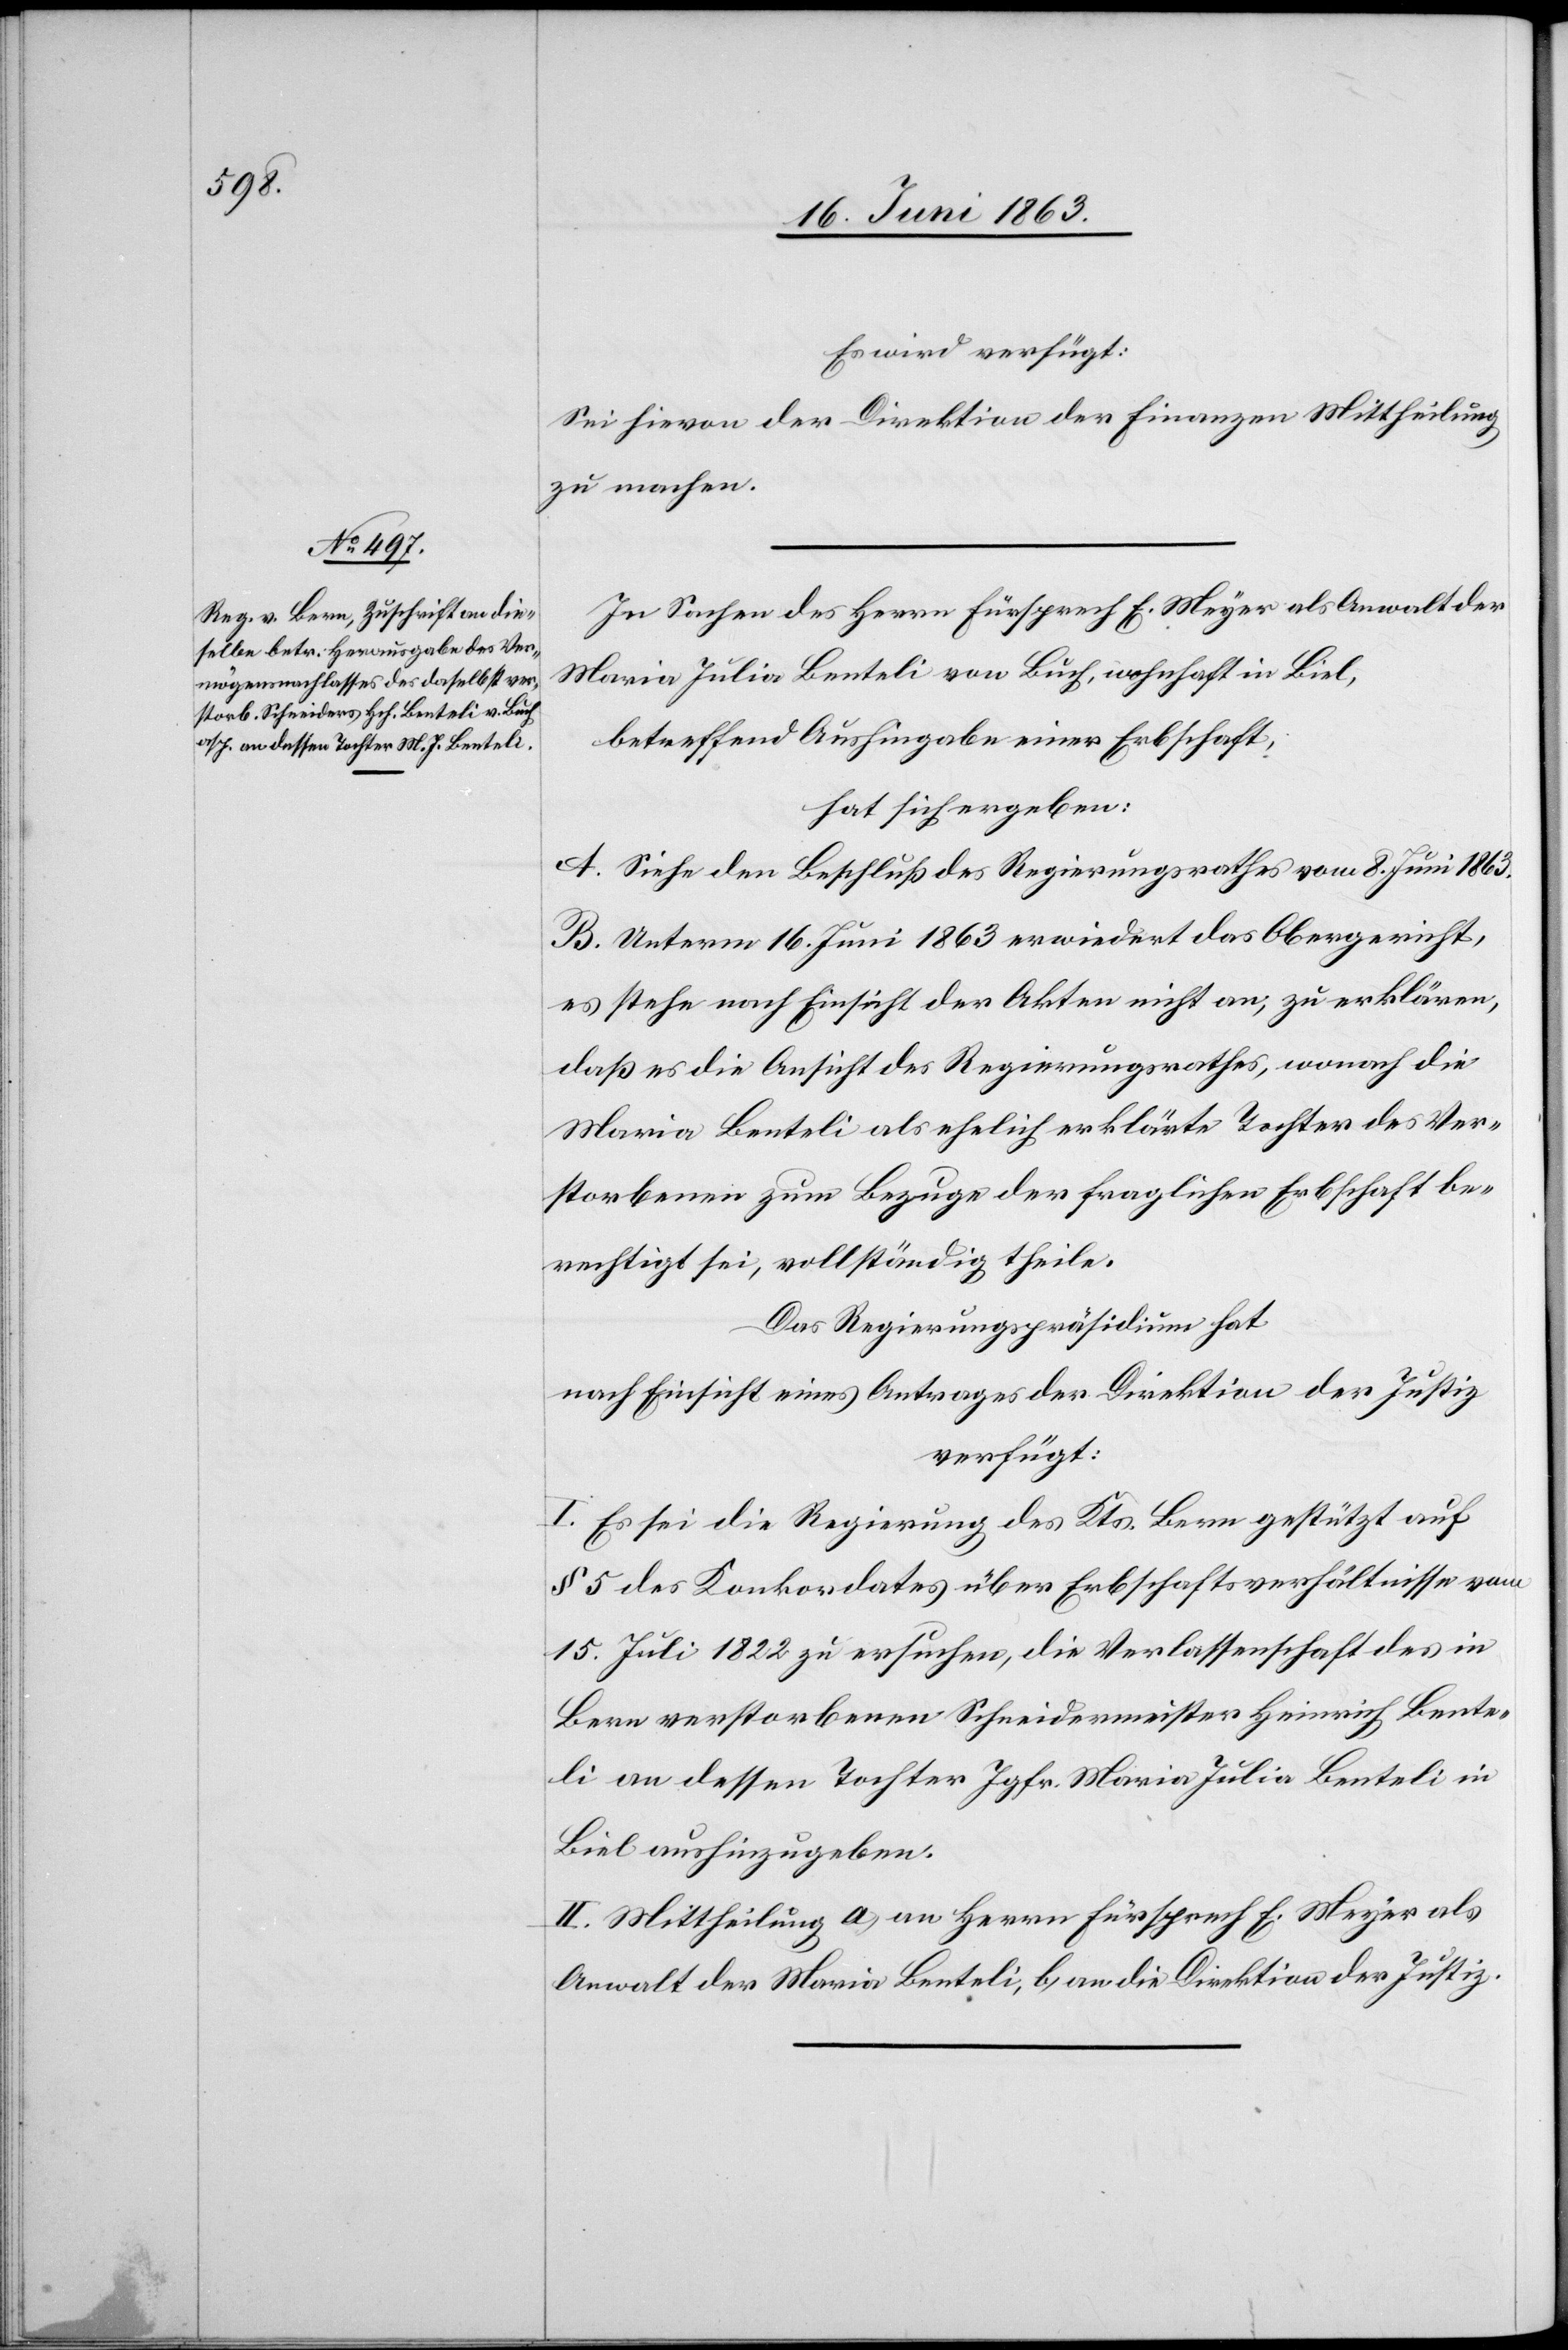
20. Juni 1863.]
Es wird verfügt:
Sei hievon der Direktion der Finanzen Mittheilung
zu machen.
In Sachen des Herrn Fürsprech E. Meyer als Anwalt der
Maria Julia Benteli von Buch, wohnhaft in Biel,
betreffend Aushingabe einer Erbschaft,
hat sich ergeben:
A. Siehe den Beschluß des Regierungsrathes vom 8. Juni 1863.
B. Unterm 16. Juni 1863 erwiedert das Obergericht,
es stehe nach Einsicht der Akten nicht an, zu erklären,
daß es die Ansicht des Regierungsrathes, wonach die
Maria Benteli als ehelich erklärte Tochter des Ver¬
storbenen zum Bezuge der fraglichen Erbschaft be¬
rechtigt sei, vollständig theile.
Das Regierungspräsidium hat
nach Einsicht eines Antrages der Direktion der Justiz
verfügt:
I. Es sei die Regierung des Kts. Bern gestützt auf
§ 5 des Konkordates über Erbschaftsverhältnisse vom
15. Juli 1822 zu ersuchen, die Verlassenschaft des in
Bern verstorbenen Schneidermeister Heinrich Bente¬
li an dessen Tochter Jgfr. Maria Julia Benteli in
Biel aushinzugeben.
II. Mittheilung a) an Herrn Fürsprech E. Meyer als
Anwalt der Maria Benteli, b) an die Direktion der Justiz.